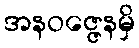
အနဝဇ္ဇေနမှိ